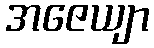
အဇေယျာ